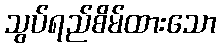
သွပ်ရည်စိမ်ထားသော